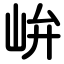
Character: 峅